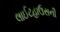
લાઈટહાઉસની